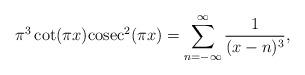
LaTeX: \begin{align*}\pi^3\cot(\pi x)\mathrm{cosec}^2(\pi x)=\sum_{n=-\infty}^{\infty}\frac{1}{(x-n)^3},\end{align*}